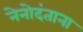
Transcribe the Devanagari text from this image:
नेनोदंताना